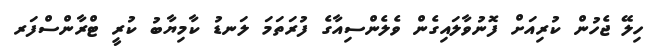
ހިލޭ ޖެހުން ކުރިއަށް ފޮނުވާލައިގެން ވެލެންސިއާގެ ފުރަތަމަ ލަނޑު ކާމިޔާބު ކުރީ ޓްރާންސްފަރ